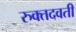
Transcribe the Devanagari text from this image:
रुक्तदवती